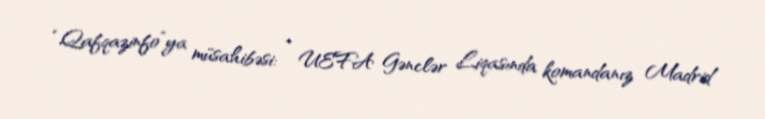
“Qafqazinfo”ya müsahibəsi: - UEFA Gənclər Liqasında komandanız Madrid